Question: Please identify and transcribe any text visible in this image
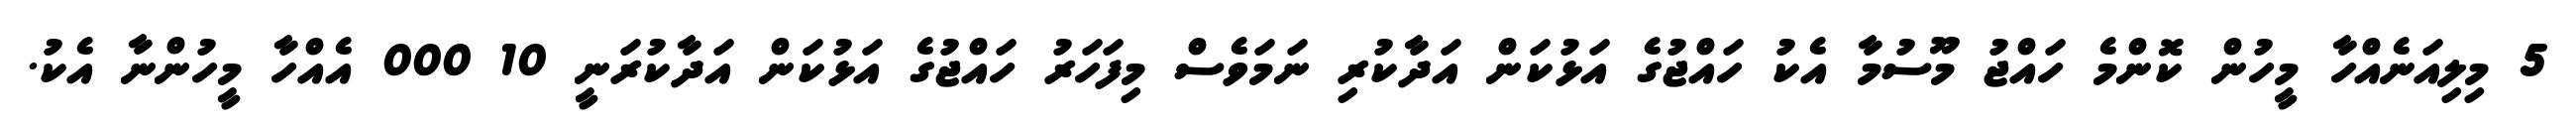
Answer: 5 މިލިއަނެއްހާ މީހުން ކޮންމެ ހައްޖު މޫސުމާ އެކު ހައްޖުގެ އަޅުކަން އަދާކުރި ނަމަވެސް މިފަހަރު ހައްޖުގެ އަޅުކަން އަދާކުރަނީ 10 000 އެއްހާ މީހުންނާ އެކު.